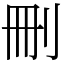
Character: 刪